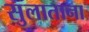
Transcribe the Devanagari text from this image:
सुलाताना